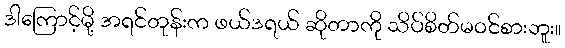
ဒါကြောင့်မို့ အရင်တုန်းက ဖယ်ဒရယ် ဆိုတာကို သိပ်စိတ်မဝင်စားဘူး။